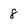
Character: 8